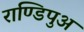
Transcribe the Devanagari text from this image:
राण्डिपुअ